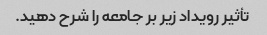
تأثیر رویداد زیر بر جامعه را شرح دهید.